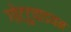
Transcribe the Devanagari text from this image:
गोट्टुवाडयम